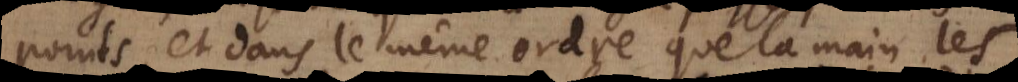
points, et dans le même ordre que la main les